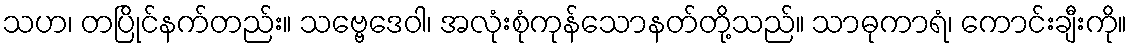
သဟ၊ တပြိုင်နက်တည်း။ သဗ္ဗေဒေဝါ၊ အလုံးစုံကုန်သောနတ်တို့သည်။ သာဓုကာရံ၊ ကောင်းချီးကို။